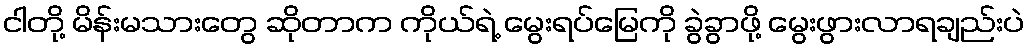
ငါတို့ မိန်းမသားတွေ ဆိုတာက ကိုယ်ရဲ့ မွေးရပ်မြေကို ခွဲခွာဖို့ မွေးဖွားလာရချည်းပဲ